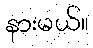
နားမယ်။